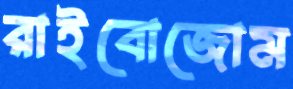
রাইবোজোম